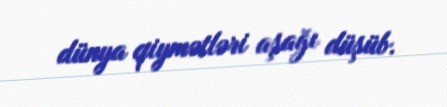
dünya qiymətləri aşağı düşüb.